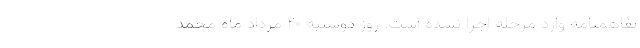
تفاهمنامه وارد مرحله اجرا نشده است. روز دوشنبه ۲۰ مرداد ماه محمد